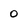
Character: 0